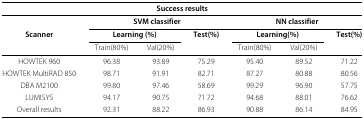
| <COLSPAN=7> Success results |
 | --- | --- | --- | --- | --- | --- | --- |
 |  | <COLSPAN=3> SVM classifier | <COLSPAN=3> NN classifier |
 | Scanner | <COLSPAN=2> Learning (%) | Test(%) | <COLSPAN=2> Learning(%) | Test(%) |
 |  | Train(80%) | Val(20%) |  | Train(80%) | Val(20%) |  |
 | HOWTEK 960 | 96.38 | 93.89 | 75.29 | 95.40 | 89.52 | 71.22 |
 | HOWTEK MultiRAD 850 | 98.71 | 91.91 | 82.71 | 87.27 | 80.88 | 80.56 |
 | DBA M2100 | 99.80 | 97.46 | 58.69 | 99.29 | 96.90 | 57.75 |
 | LUMISYS | 94.17 | 90.75 | 71.72 | 94.68 | 88.01 | 76.62 |
 | Overall results | 92.31 | 88.22 | 86.93 | 90.88 | 86.14 | 84.95 |